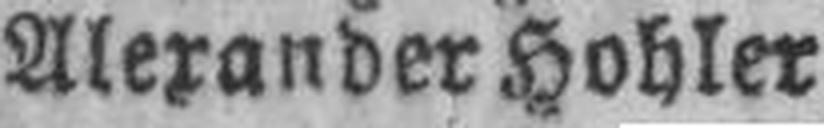
Alexander Hohler